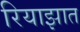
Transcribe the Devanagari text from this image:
रियाझात